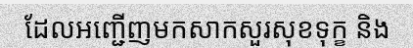
ដែលអញ្ជើញមកសាកសួរសុខទុក្ខ និង